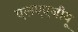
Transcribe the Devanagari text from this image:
एलएएजीयू